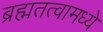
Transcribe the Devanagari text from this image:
ब्रह्मतत्वामध्ये